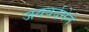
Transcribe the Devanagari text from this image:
जयवर्दनेने